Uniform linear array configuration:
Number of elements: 8
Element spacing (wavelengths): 0.25
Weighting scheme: binomial
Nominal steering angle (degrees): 60
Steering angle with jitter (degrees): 61.074
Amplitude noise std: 0.05
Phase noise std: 0.05

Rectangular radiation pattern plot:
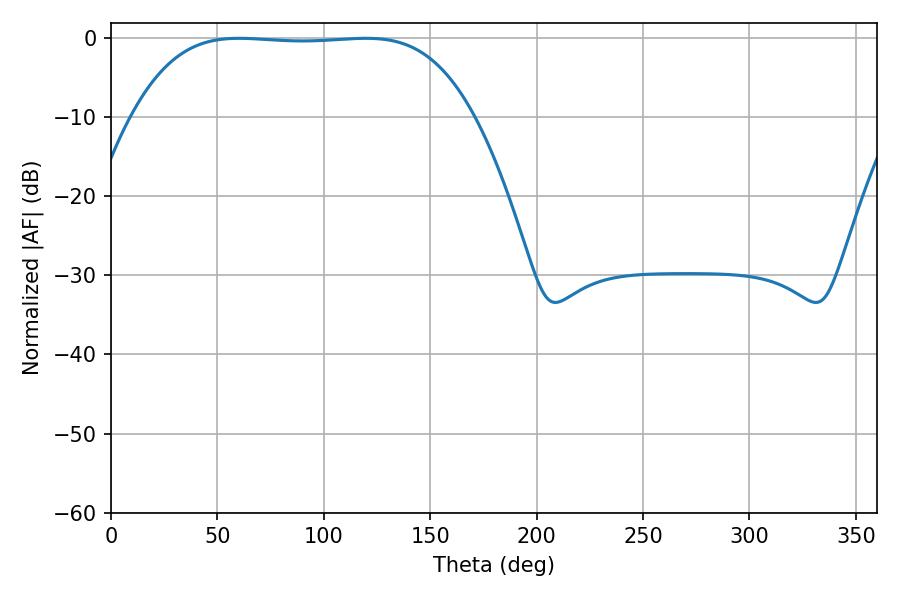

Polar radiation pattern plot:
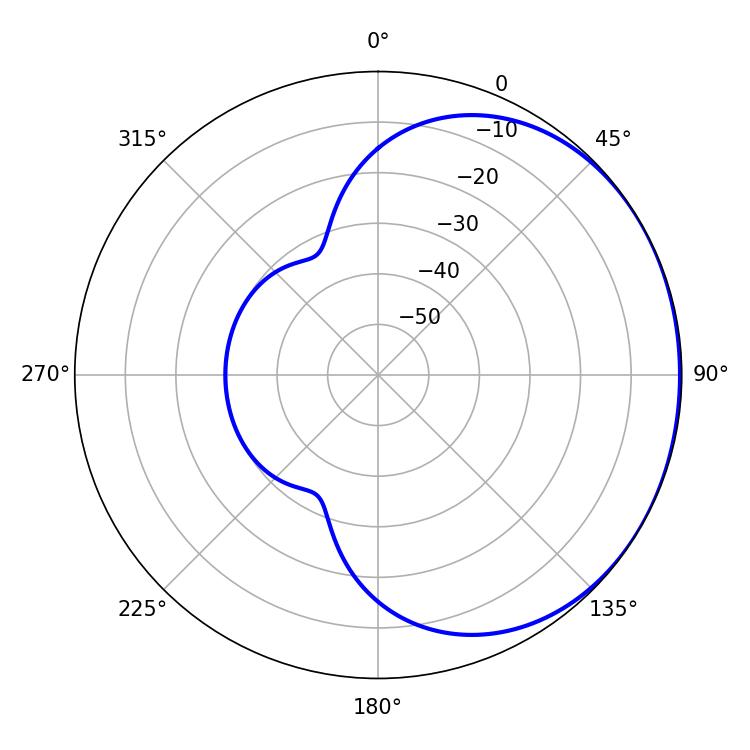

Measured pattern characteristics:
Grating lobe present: FALSE
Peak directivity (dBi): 0.7553
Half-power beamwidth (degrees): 123.84
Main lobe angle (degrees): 60.12